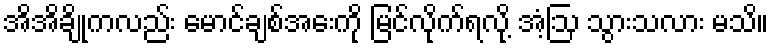
အိအိချိုကလည်း မောင်ချစ်အေးကို မြင်လိုက်ရလို့ အံ့ဩ သွားသလား မသိ။